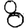
Digit: 8